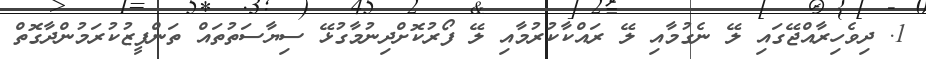
1. ދިވެހިރާއްޖޭގައި ލޭ ނެގުމާއި ލޭ ރައްކާކުރުމާއި ލޭ ފޯރުކޮށްދިނުމާގުޅޭ ސިޔާސަތުތައް ތަންފީޒުކުރަމުންދާގޮތް